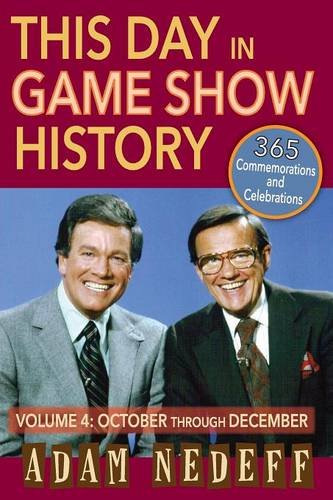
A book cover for This Day in Game Show History- 365 Commemorations and Celebrations, Vol. 4: October Through December; Adam Nedeff; Humor & Entertainment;